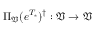
\Pi _ { \mathfrak { V } } ( e ^ { T _ { * } } ) ^ { \dag } : \mathfrak { V } \to \mathfrak { V }